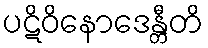
ပဋိဝိနောဒေန္တီတိ